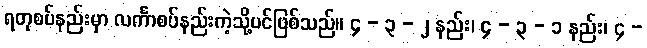
ရတုစပ်နည်းမှာ လင်္ကာစပ်နည်းကဲ့သို့ပင်ဖြစ်သည်။ ၄ - ၃ - ၂ နည်း၊ ၄ - ၃ - ၁ နည်း၊ ၄ -